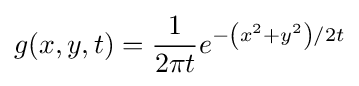
g(x,y,t)={\frac {1}{2{\pi }t}}e^{-\left(x^{2}+y^{2}\right)/2t}